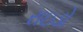
રાઇડો